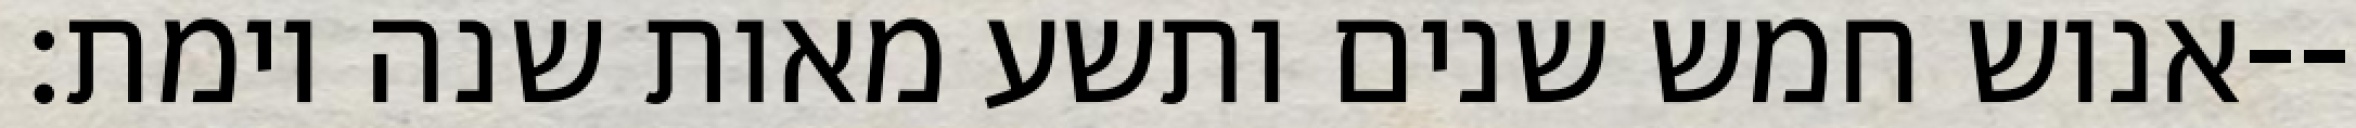
אנוש חמש שנים ותשע מאות שנה וימת׃--